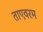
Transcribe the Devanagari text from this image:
ताएवरम